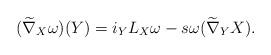
LaTeX: \begin{align*}(\widetilde{\nabla}_X\omega)(Y)=i_YL_X\omega-s\omega(\widetilde{\nabla}_YX).\end{align*}